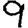
Digit: 9